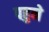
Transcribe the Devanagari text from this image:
पहुने